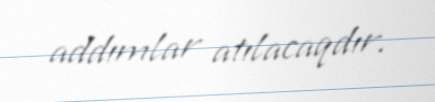
addımlar atılacaqdır.